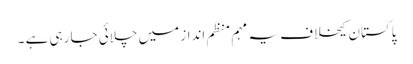
پاکستان کیخلاف یہ مہم منظم انداز میں چلائی جا رہی ہے ۔